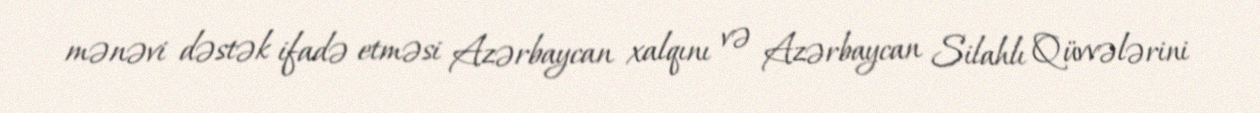
mənəvi dəstək ifadə etməsi Azərbaycan xalqını və Azərbaycan Silahlı Qüvvələrini